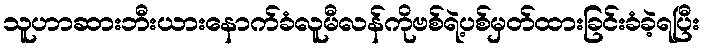
သူဟာဆားဘီးယားနောက်ခံလူမီလန်ကိုဗစ်ရဲ့ပစ်မှတ်ထားခြင်းခံခဲ့ရပြီး